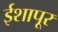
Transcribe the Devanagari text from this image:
ईशापूर